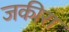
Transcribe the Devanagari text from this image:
जकीरा